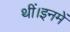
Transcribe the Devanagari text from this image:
थीं।इनमें